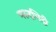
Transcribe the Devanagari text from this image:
मरुदभिदी